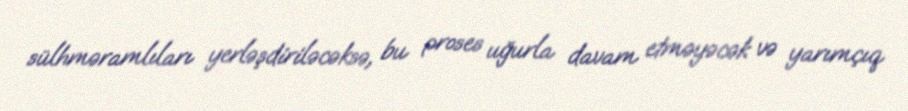
sülhməramlıları yerləşdiriləcəksə, bu proses uğurla davam etməyəcək və yarımçıq